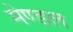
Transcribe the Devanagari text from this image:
मेण्डल